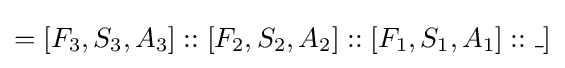
=[F_{3},S_{3},A_{3}]::[F_{2},S_{2},A_{2}]::[F_{1},S_{1},A_{1}]::\_]